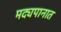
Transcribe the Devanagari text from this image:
मद्यपानात